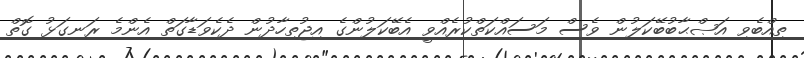
ތިއްބެވި އަޞްޙާބުބޭކަލުން ވެސް މަސައްކަތްކުރެއްވީ އެބޭކަލުންގެ އިޖުތިހާދުން ދެކެވަޑާގަތް އެންމެ ރަނގަޅު ގޮތް